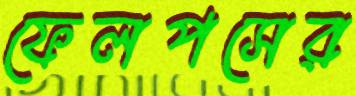
ফেলপসের